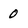
Character: 0